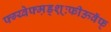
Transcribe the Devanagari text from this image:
फ्ग्य्वेफ्म़ड्श़़्ःफीऊवॅफ्